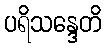
ပရိသန္ဒေတိ